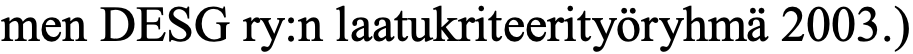
men DESG ry:n laatukriteerityöryhmä 2003.)